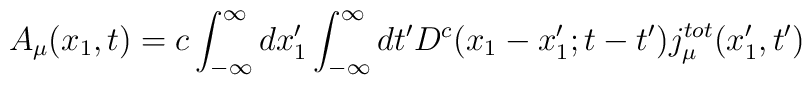
A_{\mu}(x_1,t) =c\int_{-\infty}^{\infty} dx_1^{\prime} \int_{-\infty}^{\infty} dt^{\prime} D^c(x_1-x_1^{\prime};t-t^{\prime})j_{\mu}^{tot}(x_1^{\prime},t^{\prime})